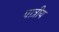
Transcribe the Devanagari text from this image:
पात्रीय